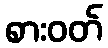
စားဝတ်